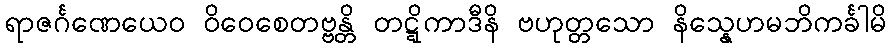
ရာဇင်္ဂဏေယေဝ ဝိဝေစေတဗ္ဗန္တိ တဋ္ဋိကာဒီနိ ဗဟုတ္တသော နိသ္နေဟမဘိကင်္ခါမိ